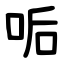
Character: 㖃